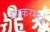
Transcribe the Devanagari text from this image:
सरकरमध्ये